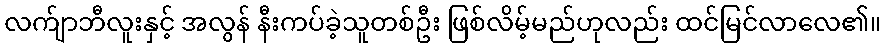
လက်ျာဘီလူးနှင့် အလွန် နီးကပ်ခဲ့သူတစ်ဦး ဖြစ်လိမ့်မည်ဟုလည်း ထင်မြင်လာလေ၏။